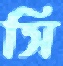
সি